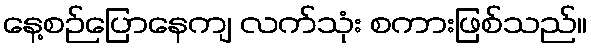
နေ့စဉ်ပြောနေကျ လက်သုံး စကားဖြစ်သည်။